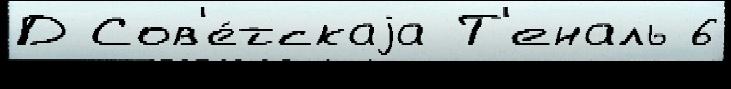
Д Сов'е́тскаjа Т'еналь 6